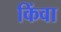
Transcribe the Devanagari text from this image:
किंवा